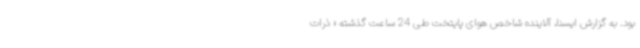
بود. به گزارش ایسنا، آلاینده شاخص هوای پایتخت طی 24 ساعت گذشته « ذرات